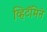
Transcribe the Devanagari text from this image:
व्हिटॅमिने